Lunatic asylums Central Provinces reports 1895-1909 - 1895-1909
Year: 1895
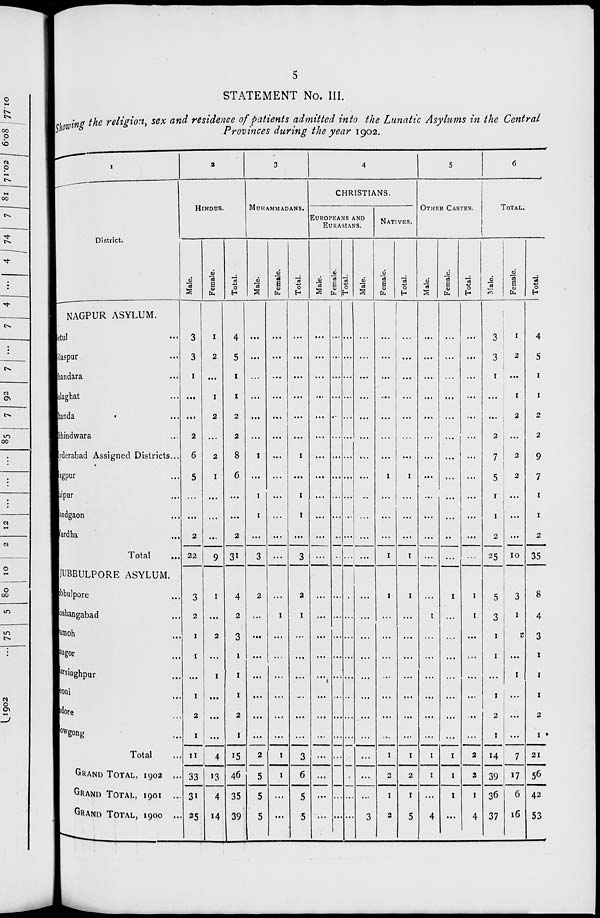
5
STATEMENT No. III.
Showing the religion, sex and residence of patients admitted into the Lunatic Asylums in the Central
Provinces during the year 1902.
1
District.
NAGPUR ASYLUM.
Betul ...
Bilaspur ...
Bhandara ...
Balaghat ...
Chanda ...
Chhindwara ...
Hyderabad Assigned Districts ...
Nagpur ...
Raipur ...
Nandgaon ...
Vardha ...
Total
...
JUBBULPORE ASYLUM.
Jubbulpore ...
Hoshangabad ...
Damoh ...
Saugor ...
Narsinghpur ...
Seoni ...
Indore...
Nowgong ...
Total ...
GRAND TOTAL, 1902 ...
GRAND TOTAL, 1901 ...
GRAND TOTAL, 1900 ...
2
HINDUS.
Male.
3
3
1
...
...
2
6
5
...
...
2
22
3
2
1
1
...
1
2
1
11
33
31
25
Female.
1
2
...
1
2
...
2
1
...
...
...
9
1
...
2
...
1
...
...
...
4
13
4
14
Total.
4
5
1
1
2
2
8
6
...
...
2
31
4
2
3
1
1
1
2
1
15
46
35
39
3
MUHAMMADANS.
Male.
...
...
...
...
...
...
1
...
1
1
...
3
2
...
...
...
...
...
...
...
2
5
5
5
Female.
...
...
...
...
...
...
...
...
...
...
...
...
...
1
...
...
...
...
...
...
1
1
...
...
Total.
...
...
...
...
...
...
1
...
1
1
...
3
2
1
...
...
...
...
...
...
3
6
5
5
4
CHRISTIANS.
EUROPEANS AND
EURASIANS.
Male.
...
...
...
...
...
...
...
...
...
...
...
...
...
...
...
...
...
...
...
...
...
...
...
...
Female.
...
...
...
...
...
...
...
...
...
...
...
...
...
...
...
...
...
...
...
...
...
...
...
...
Total.
...
...
...
...
...
...
...
...
...
...
...
...
...
...
...
...
...
...
...
...
...
...
...
...
Male.
...
...
...
...
...
...
...
...
...
...
...
...
...
...
...
...
...
...
...
...
...
...
...
3
NATIVES.
Female.
...
...
...
...
...
...
...
1
...
...
...
1
1
...
...
...
...
...
...
...
1
2
1
2
Total.
...
...
...
...
...
...
...
1
...
...
...
1
1
...
...
...
...
...
...
...
1
2
1
5
5
OTHER CASTES.
Male.
...
...
...
...
...
...
...
...
...
...
...
...
...
1
...
...
...
...
...
...
1
1
...
4
Female.
...
...
...
...
...
...
...
...
...
...
...
...
1
...
...
...
...
...
...
...
1
1
1
...
Total.
...
...
...
...
...
...
...
...
...
...
...
...
1
1
...
...
...
...
...
...
2
2
1
4
6
TOTAL.
Male.
3
3
1
...
...
2
7
5
1
1
2
25
5
3
1
1
...
1
2
1
14
39
36
37
Female.
1
2
...
1
2
...
2
2
...
...
...
10
3
1
2
...
1
...
...
...
7
17
6
16
Total.
4
5
1
1
2
2
9
7
1
1
2
35
8
4
3
1
1
1
2
1
21
56
42
53